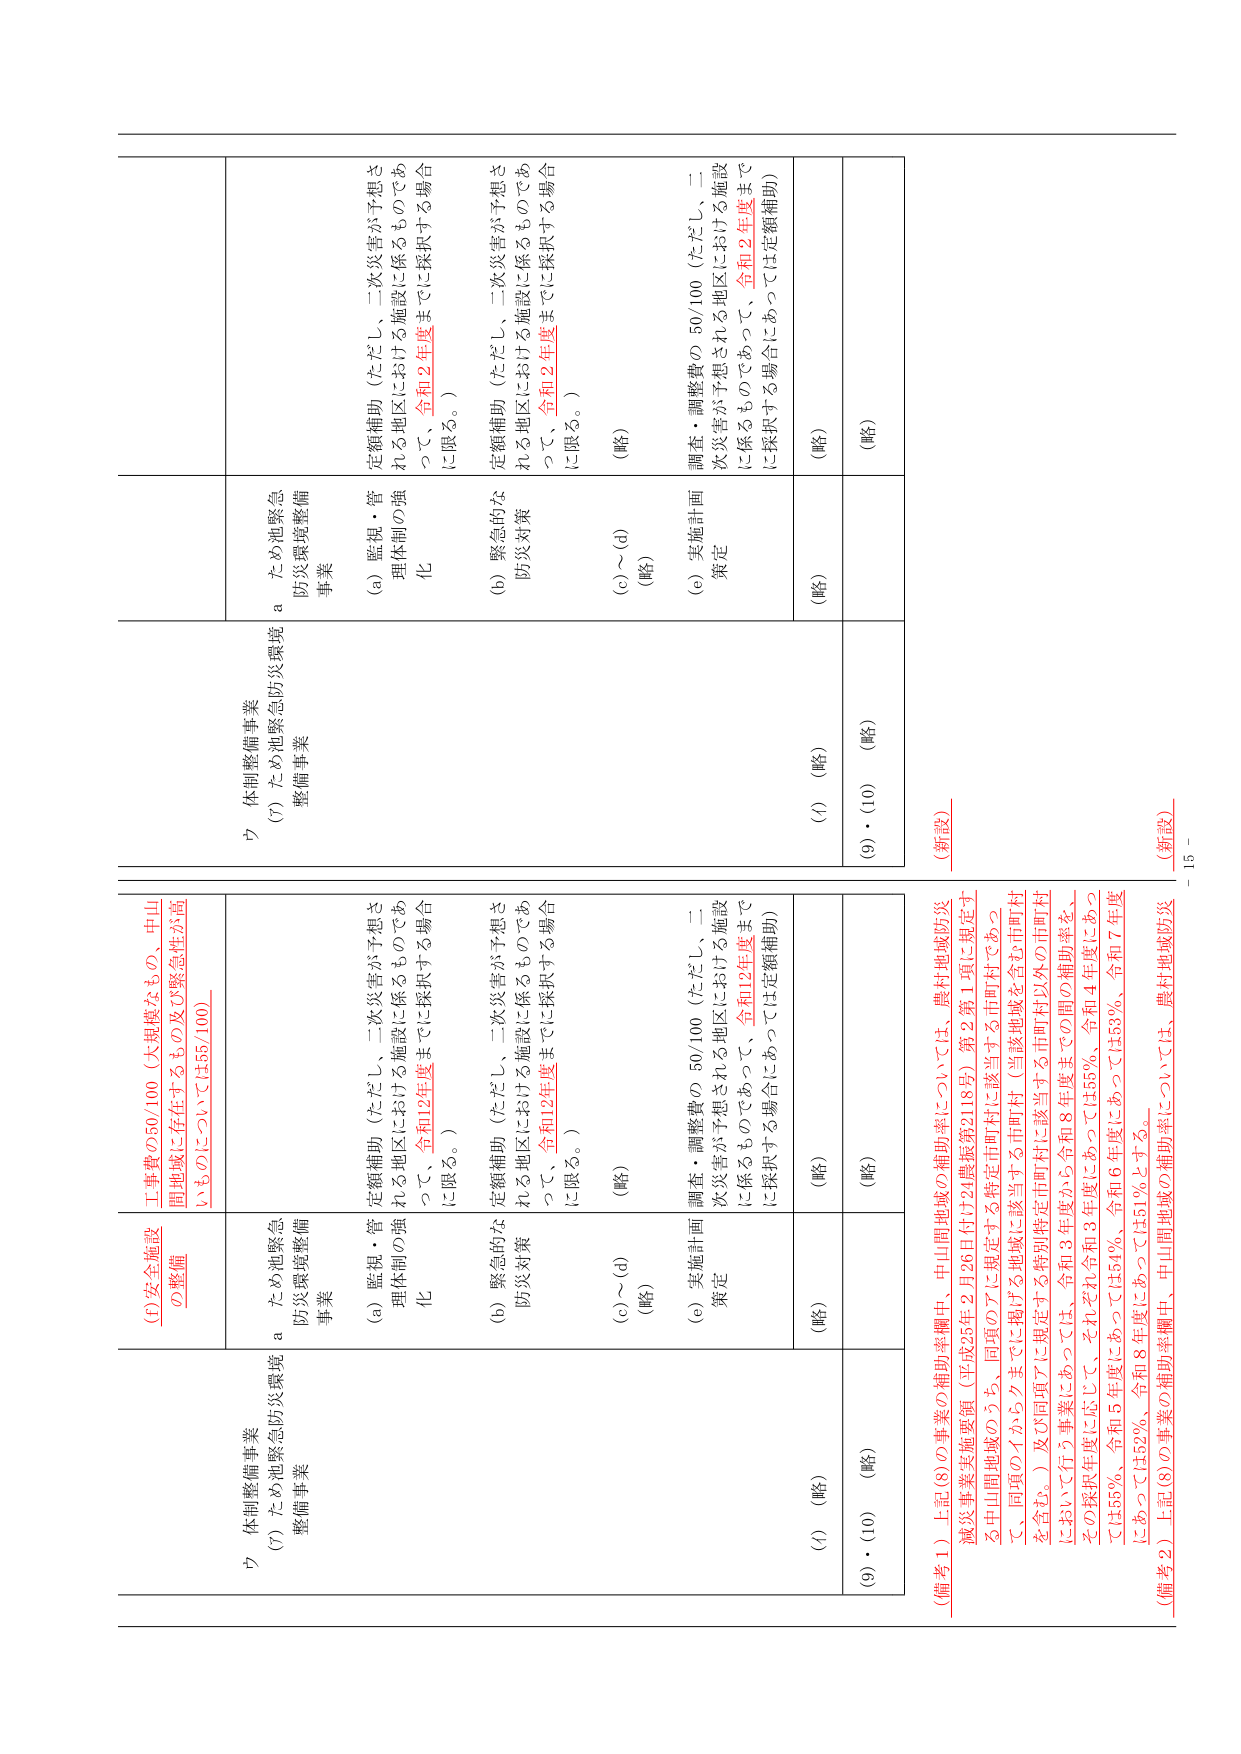
(4) 安全施設の整備
工事費の50/100（大規模なもの、中山間地域に存在するもの及び緊急性が高いものについては55/100）

ウ 体制整備事業
(7) ため池緊急防災環境整備事業

a ため池緊急防災環境整備事業
(a) 監視・管理体制の強化
定額補助（ただし、二次災害が予想される地区における施設に係るものであって、令和12年度までに採択する場合に限る。）
(b) 緊急的な防災対策
定額補助（ただし、二次災害が予想される地区における施設に係るものであって、令和12年度までに採択する場合に限る。）
(c)～(d) （略）
(e) 実施計画策定
調査・調整費の 50/100（ただし、二次災害が予想される地区における施設に係るものであって、令和12年度までに採択する場合にあっては定額補助）
(f) （略）
(g)・(10) （略）

ウ 体制整備事業
(7) ため池緊急防災環境整備事業

a ため池緊急防災環境整備事業
(a) 監視・管理体制の強化
定額補助（ただし、二次災害が予想される地区における施設に係るものであって、令和2年度までに採択する場合に限る。）
(b) 緊急的な防災対策
定額補助（ただし、二次災害が予想される地区における施設に係るものであって、令和2年度までに採択する場合に限る。）
(c)～(d) （略）
(e) 実施計画策定
調査・調整費の 50/100（ただし、二次災害が予想される地区における施設に係るものであって、令和2年度までに採択する場合にあっては定額補助）
(f) （略）
(g)・(10) （略）

（備考1）上記(8)の事業の補助率欄中、中山間地域の補助率については、農村地域防災減災事業実施要領（平成25年2月26日付け24農振第2118号）第2第1項に規定する中山間地域のうち、同項のアに規定する市町村に該当する市町村であって、同項のイからクまでに掲げる地域に該当する市町村（当該地域を含む市町村を含む。）及び同項アに規定する特別特定市町村に該当する市町村以外の市町村において行う事業にあっては、令和3年度から令和8年度までの間の補助率を、それぞれ令和3年度にあっては55％、令和4年度にあっては55％、令和5年度にあっては54％、令和6年度にあっては53％、令和7年度にあっては52％、令和8年度にあっては51％とする。

（備考2）上記(8)の事業の補助率欄中、中山間地域の補助率については、農村地域防災

（新設）
（新設）

－ 15 －